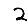
Digit: 2